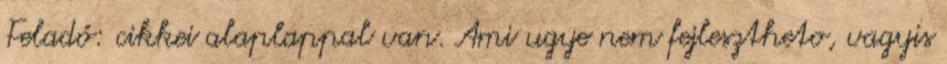
Feladó: cikkei alaplappal van. Ami ugye nem fejlesztheto, vagyis